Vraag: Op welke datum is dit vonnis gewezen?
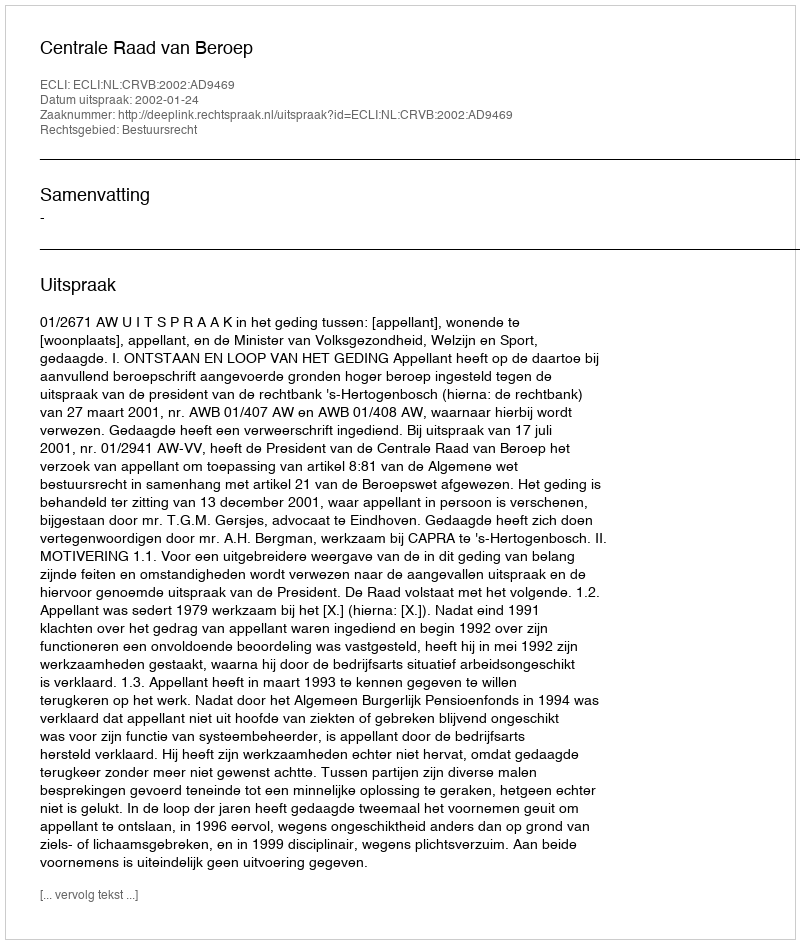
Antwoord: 2002-01-24